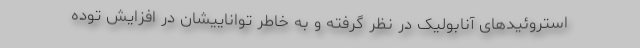
استروئیدهای آنابولیک در نظر گرفته و به خاطر تواناییشان در افزایش توده